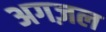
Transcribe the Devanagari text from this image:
अगज़ल